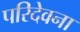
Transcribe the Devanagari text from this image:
परिदेवना